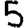
Digit: 5